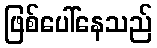
ဖြစ်ပေါ်နေသည်